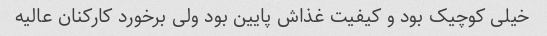
خیلی کوچیک بود و کیفیت غذاش پایین بود ولی برخورد کارکنان عالیه